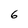
Character: 6